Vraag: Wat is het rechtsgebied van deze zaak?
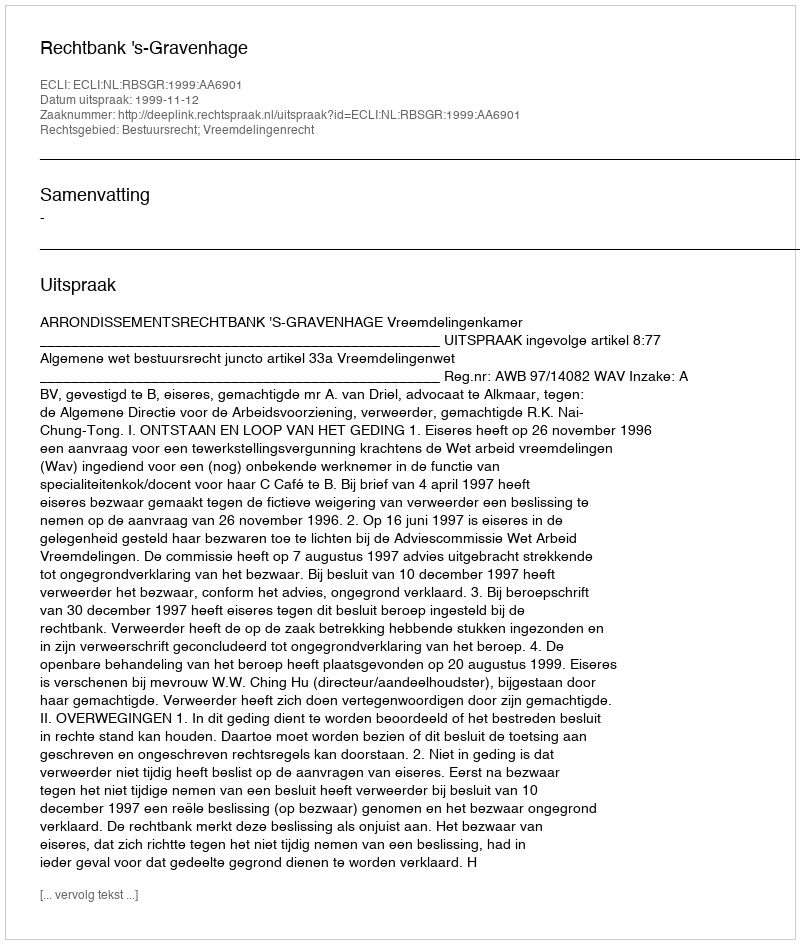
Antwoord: Bestuursrecht; Vreemdelingenrecht